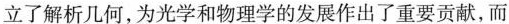
立了解析几何，为光学和物理学的发展作出了重要贡献，而